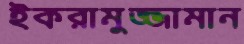
ইকরামুজ্জামান